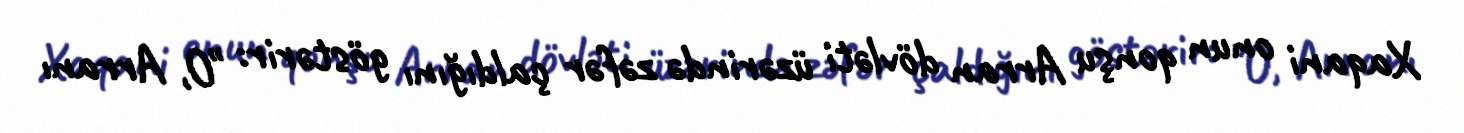
Xaqani onun qonşu Arran dövləti üzərində zəfər çaldığını göstərir: "O, Arranı